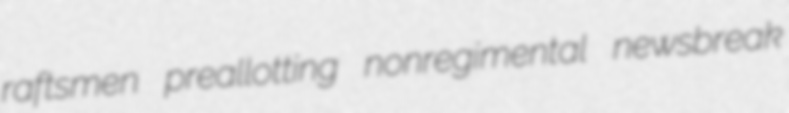
raftsmen preallotting nonregimental newsbreak